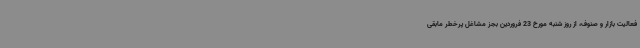
فعالیت بازار و صنوف، از روز شنبه مورخ 23 فروردین بجز مشاغل پرخطر مابقی